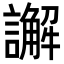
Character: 𮙁